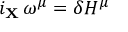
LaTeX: i _ { \bf X } \, \omega ^ { \mu } = \delta H ^ { \mu }